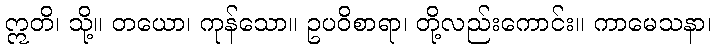
ဣတိ၊ သို့။ တယော၊ ကုန်သော။ ဥပဝိစာရာ၊ တို့လည်းကောင်း။ ကာမေသနာ၊